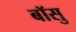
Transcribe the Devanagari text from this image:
बॉसु